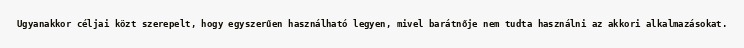
Ugyanakkor céljai közt szerepelt, hogy egyszerűen használható legyen, mivel barátnője nem tudta használni az akkori alkalmazásokat.